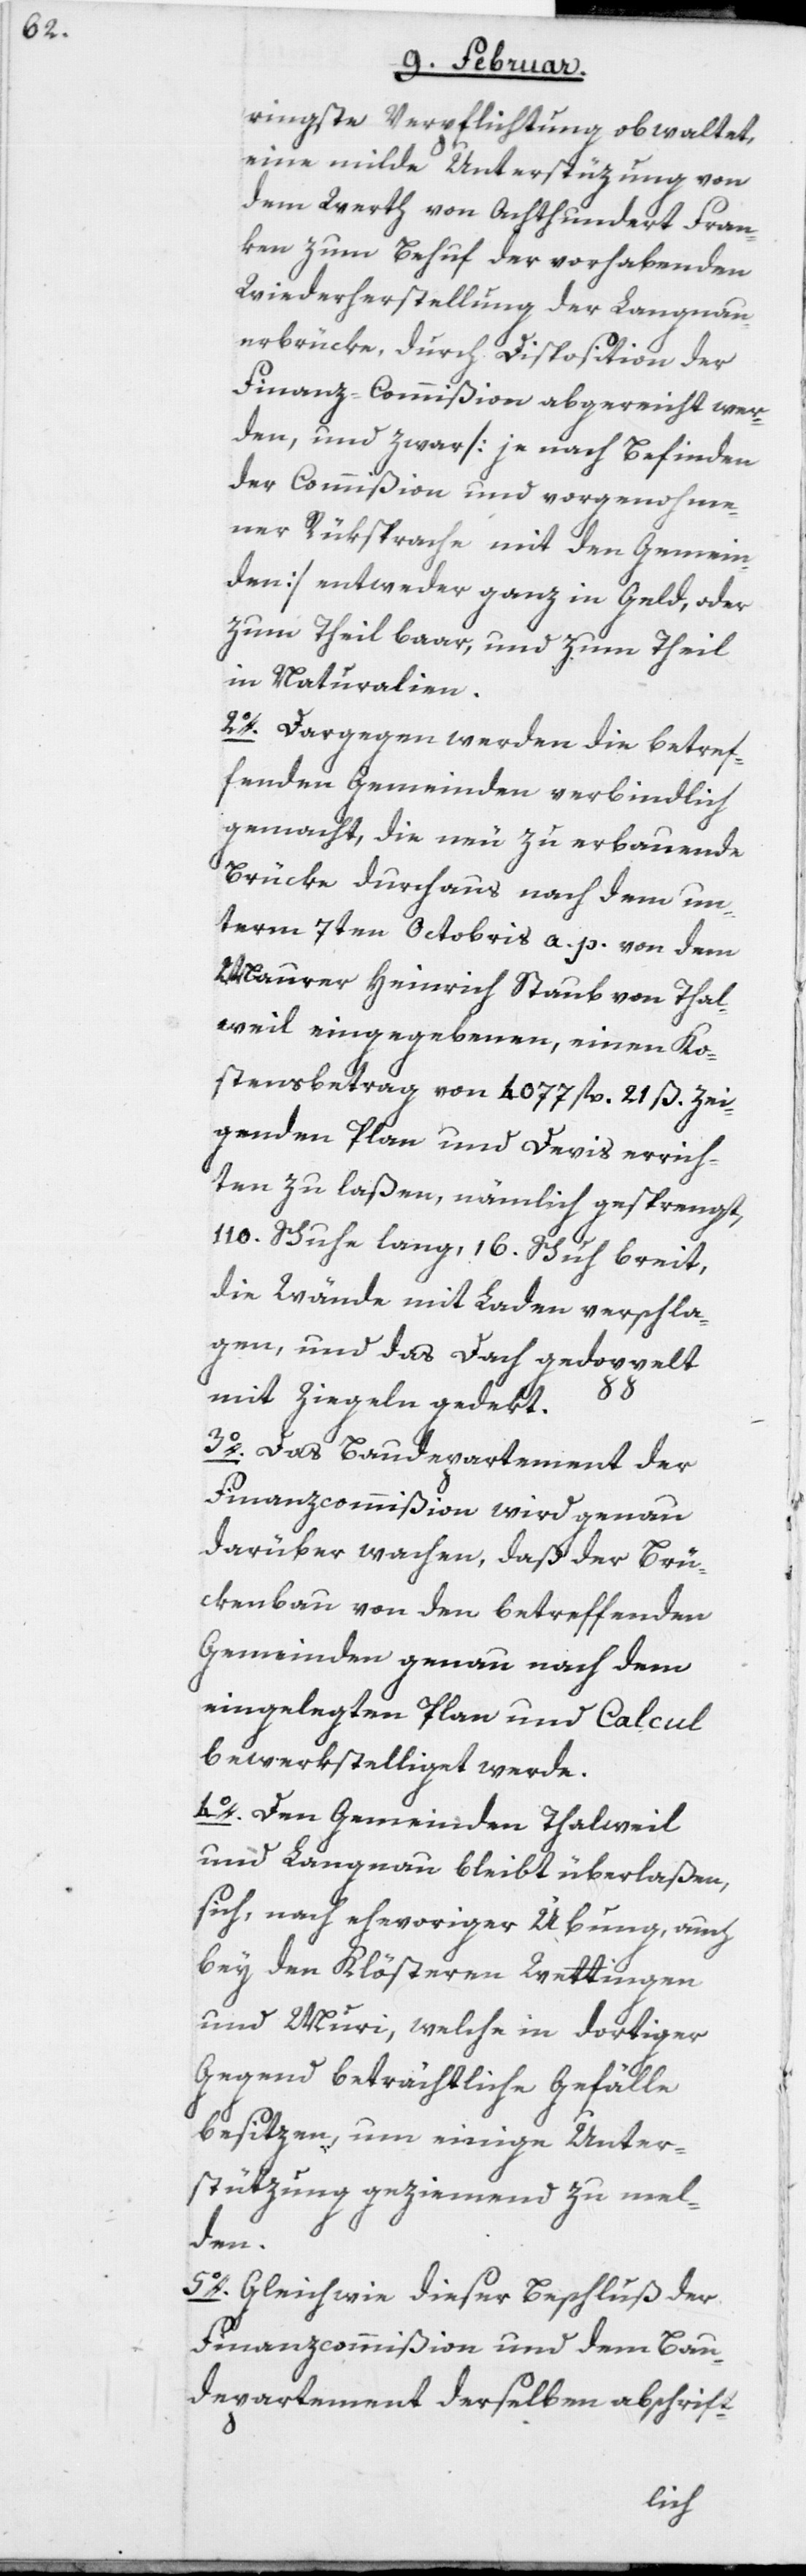
ringste Verpflichtung obwaltet,
eine milde Unterstüzung von
dem Werth von Achthundert Fran¬
ken zum Behuf der vorhabenden
Wiederherstellung der Langnau¬
erbrücke, durch Disposition der
Finanz-Commißion abgereicht wer¬
den, und zwar [je nach Befinden
der Commißion und vorgenohme¬
ner Rüksprache mit den Gemein¬
den] entweder ganz in Geld, oder
zum Theil baar, und zum Theil
in Naturalien.
2o. Dargegen werden die betref¬
fenden Gemeinden verbindlich
gemacht, die neu zu erbauende
Brücke durchaus nach dem un¬
term 7ten Octobris a. p. von dem
Maurer Heinrich Staub von Thal¬
weil eingegebenen, einen Ko¬
stensbetrag von 4077 fl. 21 ß. zei¬
genden Plan und Devis errich¬
ten zu laßen, nämlich gesprengt,
110. Schuhe lang, 16. Schuh breit,
die Wände mit Laden verschla¬
gen, und das Dach gedoppelt
mit Ziegeln gedekt.
3o. Das Baudepartement der
Finanzcommißion wird genau
darüber wachen, daß der Brü¬
ckenbau von den betreffenden
Gemeinden genau nach dem
eingelegten Plan und Calcul
bewerkstelliget werde.
4o. Den Gemeinden Thalweil
und Langnau bleibt überlaßen,
sich, nach ehevoriger Übung auch
bey den Klösteren Wettingen
und Muri, welche in dortiger
Gegend beträchtliche Gefälle
besitzen, um einige Unter¬
stützung geziemend zu mel¬
den.
5o. Gleichwie dieser Beschluß der
Finanzcommißion und dem Bau¬
departement derselben abschrift-